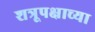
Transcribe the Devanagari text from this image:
शत्रूपक्षाच्या